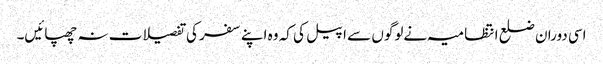
اسی دوران ضلع انتظامیہ نےلوگوں سے اپیل کی کہ وہ اپنے سفر کی تفصیلات نہ چھپائیں۔